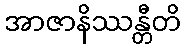
အာဇာနိဿန္တီတိ